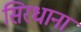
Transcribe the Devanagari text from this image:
सिरधाना